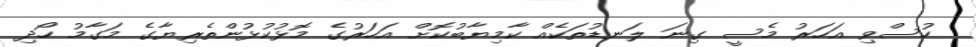
ހުސްވި އަހަރު މެސީ ގިނަ ލަނޑުތަކެއް ކާމިޔާބުކޮށް އަހަރުގެ މޮޅުކުޅުންތެރިޔާގެ މަގާމު ހޯދި